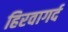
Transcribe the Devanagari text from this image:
हिरवागर्द